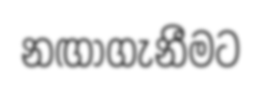
නඟාගැනීමට